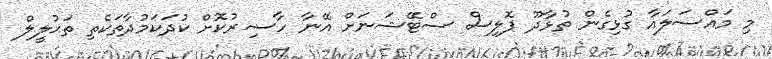
މި މައްސަލައާ ގުޅިގެން ތުޅާދޫ ޕޮލިސް ސްޓޭޝަނަށް އޭނާ ހާޟިރުކޮށް ކުދަކަމުދާތަކެތި ތަޙުލީލް